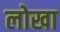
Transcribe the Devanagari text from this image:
लोखा